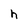
Character: h